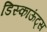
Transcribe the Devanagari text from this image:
डिस्काऊंट्स